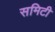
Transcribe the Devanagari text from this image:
समिटी